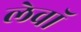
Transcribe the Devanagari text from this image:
लेवॉ